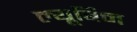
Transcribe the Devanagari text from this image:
ल्यूबिन